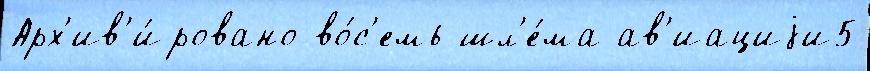
Арх'ив'и́ровано во́с'емь шл'е́ма ав'иациjи5